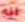
انه